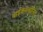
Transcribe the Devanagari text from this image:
बाईकारबोनिट